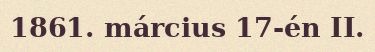
1861. március 17-én II.